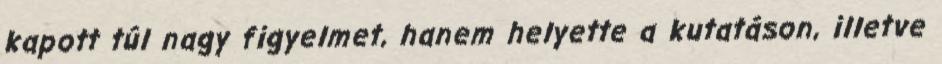
kapott túl nagy figyelmet, hanem helyette a kutatáson, illetve